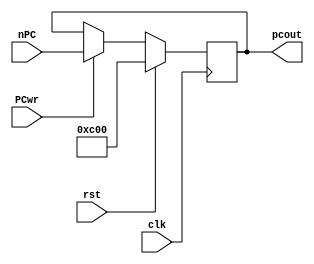
`timescale  1ns / 1ps
module pc(clk,rst,PCwr,nPC,pcout);
    input clk;
    input rst;
    input PCwr;
    input[31:2] nPC;
    output[31:2] pcout;

    reg[31:2] pc;
    reg[1:0] t;
    
    assign pcout=pc;
    
    always @(posedge clk)
    begin
        if(rst)
            {pc,t}<=32'h00003000;
        else if(PCwr)
            pc<=nPC;
     end     
endmodule //pc